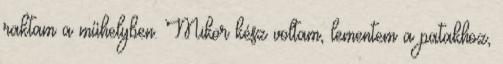
raktam a műhelyben. Mikor kész voltam, lementem a patakhoz,